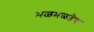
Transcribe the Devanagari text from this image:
भळभळतेच